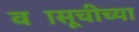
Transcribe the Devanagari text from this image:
वज्रसूचीच्या